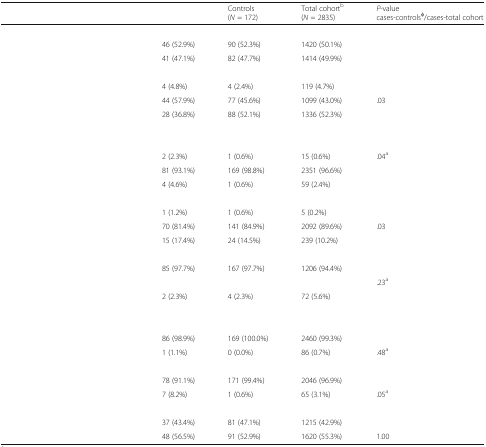
<table><thead><tr><td>[EMPTY_CELL]</td><td>[EMPTY_CELL]</td><td><b>Controls(<i>N</i> = 172)</b></td><td><b>Total cohort<sup>b</sup>(<i>N</i> = 2835)</b></td><td><b><i>P</i>-valuecases-controls<sup>φ</sup>/cases-total cohort</b></td></tr></thead><tbody><tr><td colspan="5">[EMPTY_CELL]</td></tr><tr><td>[EMPTY_CELL]</td><td>46 (52.9%)</td><td>90 (52.3%)</td><td>1420 (50.1%)</td><td>[EMPTY_CELL]</td></tr><tr><td>[EMPTY_CELL]</td><td>41 (47.1%)</td><td>82 (47.7%)</td><td>1414 (49.9%)</td><td>[EMPTY_CELL]</td></tr><tr><td colspan="5">[EMPTY_CELL]</td></tr><tr><td>[EMPTY_CELL]</td><td>4 (4.8%)</td><td>4 (2.4%)</td><td>119 (4.7%)</td><td>[EMPTY_CELL]</td></tr><tr><td>[EMPTY_CELL]</td><td>44 (57.9%)</td><td>77 (45.6%)</td><td>1099 (43.0%)</td><td>.03</td></tr><tr><td>[EMPTY_CELL]</td><td>28 (36.8%)</td><td>88 (52.1%)</td><td>1336 (52.3%)</td><td>[EMPTY_CELL]</td></tr><tr><td colspan="5">[EMPTY_CELL]</td></tr><tr><td colspan="5">[EMPTY_CELL]</td></tr><tr><td>[EMPTY_CELL]</td><td>2 (2.3%)</td><td>1 (0.6%)</td><td>15 (0.6%)</td><td>.04<sup>a</sup></td></tr><tr><td>[EMPTY_CELL]</td><td>81 (93.1%)</td><td>169 (98.8%)</td><td>2351 (96.6%)</td><td>[EMPTY_CELL]</td></tr><tr><td>[EMPTY_CELL]</td><td>4 (4.6%)</td><td>1 (0.6%)</td><td>59 (2.4%)</td><td>[EMPTY_CELL]</td></tr><tr><td colspan="5">[EMPTY_CELL]</td></tr><tr><td>[EMPTY_CELL]</td><td>1 (1.2%)</td><td>1 (0.6%)</td><td>5 (0.2%)</td><td>[EMPTY_CELL]</td></tr><tr><td>[EMPTY_CELL]</td><td>70 (81.4%)</td><td>141 (84.9%)</td><td>2092 (89.6%)</td><td>.03</td></tr><tr><td>[EMPTY_CELL]</td><td>15 (17.4%)</td><td>24 (14.5%)</td><td>239 (10.2%)</td><td>[EMPTY_CELL]</td></tr><tr><td colspan="5">[EMPTY_CELL]</td></tr><tr><td>[EMPTY_CELL]</td><td>85 (97.7%)</td><td>167 (97.7%)</td><td>1206 (94.4%)</td><td>[EMPTY_CELL]</td></tr><tr><td>[EMPTY_CELL]</td><td>[EMPTY_CELL]</td><td>[EMPTY_CELL]</td><td>[EMPTY_CELL]</td><td>.23<sup>a</sup></td></tr><tr><td>[EMPTY_CELL]</td><td>2 (2.3%)</td><td>4 (2.3%)</td><td>72 (5.6%)</td><td>[EMPTY_CELL]</td></tr><tr><td colspan="5">[EMPTY_CELL]</td></tr><tr><td colspan="5">[EMPTY_CELL]</td></tr><tr><td>[EMPTY_CELL]</td><td>86 (98.9%)</td><td>169 (100.0%)</td><td>2460 (99.3%)</td><td>[EMPTY_CELL]</td></tr><tr><td>[EMPTY_CELL]</td><td>1 (1.1%)</td><td>0 (0.0%)</td><td>86 (0.7%)</td><td>.48<sup>a</sup></td></tr><tr><td colspan="5">[EMPTY_CELL]</td></tr><tr><td>[EMPTY_CELL]</td><td>78 (91.1%)</td><td>171 (99.4%)</td><td>2046 (96.9%)</td><td>[EMPTY_CELL]</td></tr><tr><td>[EMPTY_CELL]</td><td>7 (8.2%)</td><td>1 (0.6%)</td><td>65 (3.1%)</td><td>.05<sup>a</sup></td></tr><tr><td colspan="5">[EMPTY_CELL]</td></tr><tr><td>[EMPTY_CELL]</td><td>37 (43.4%)</td><td>81 (47.1%)</td><td>1215 (42.9%)</td><td>[EMPTY_CELL]</td></tr><tr><td>[EMPTY_CELL]</td><td>48 (56.5%)</td><td>91 (52.9%)</td><td>1620 (55.3%)</td><td>1.00</td></tr></tbody></table>